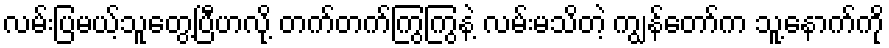
လမ်းပြမယ့်သူတွေ့ပြီဟလို့ တက်တက်ကြွကြွနဲ့ လမ်းမသိတဲ့ ကျွန်တော်က သူ့နောက်ကို